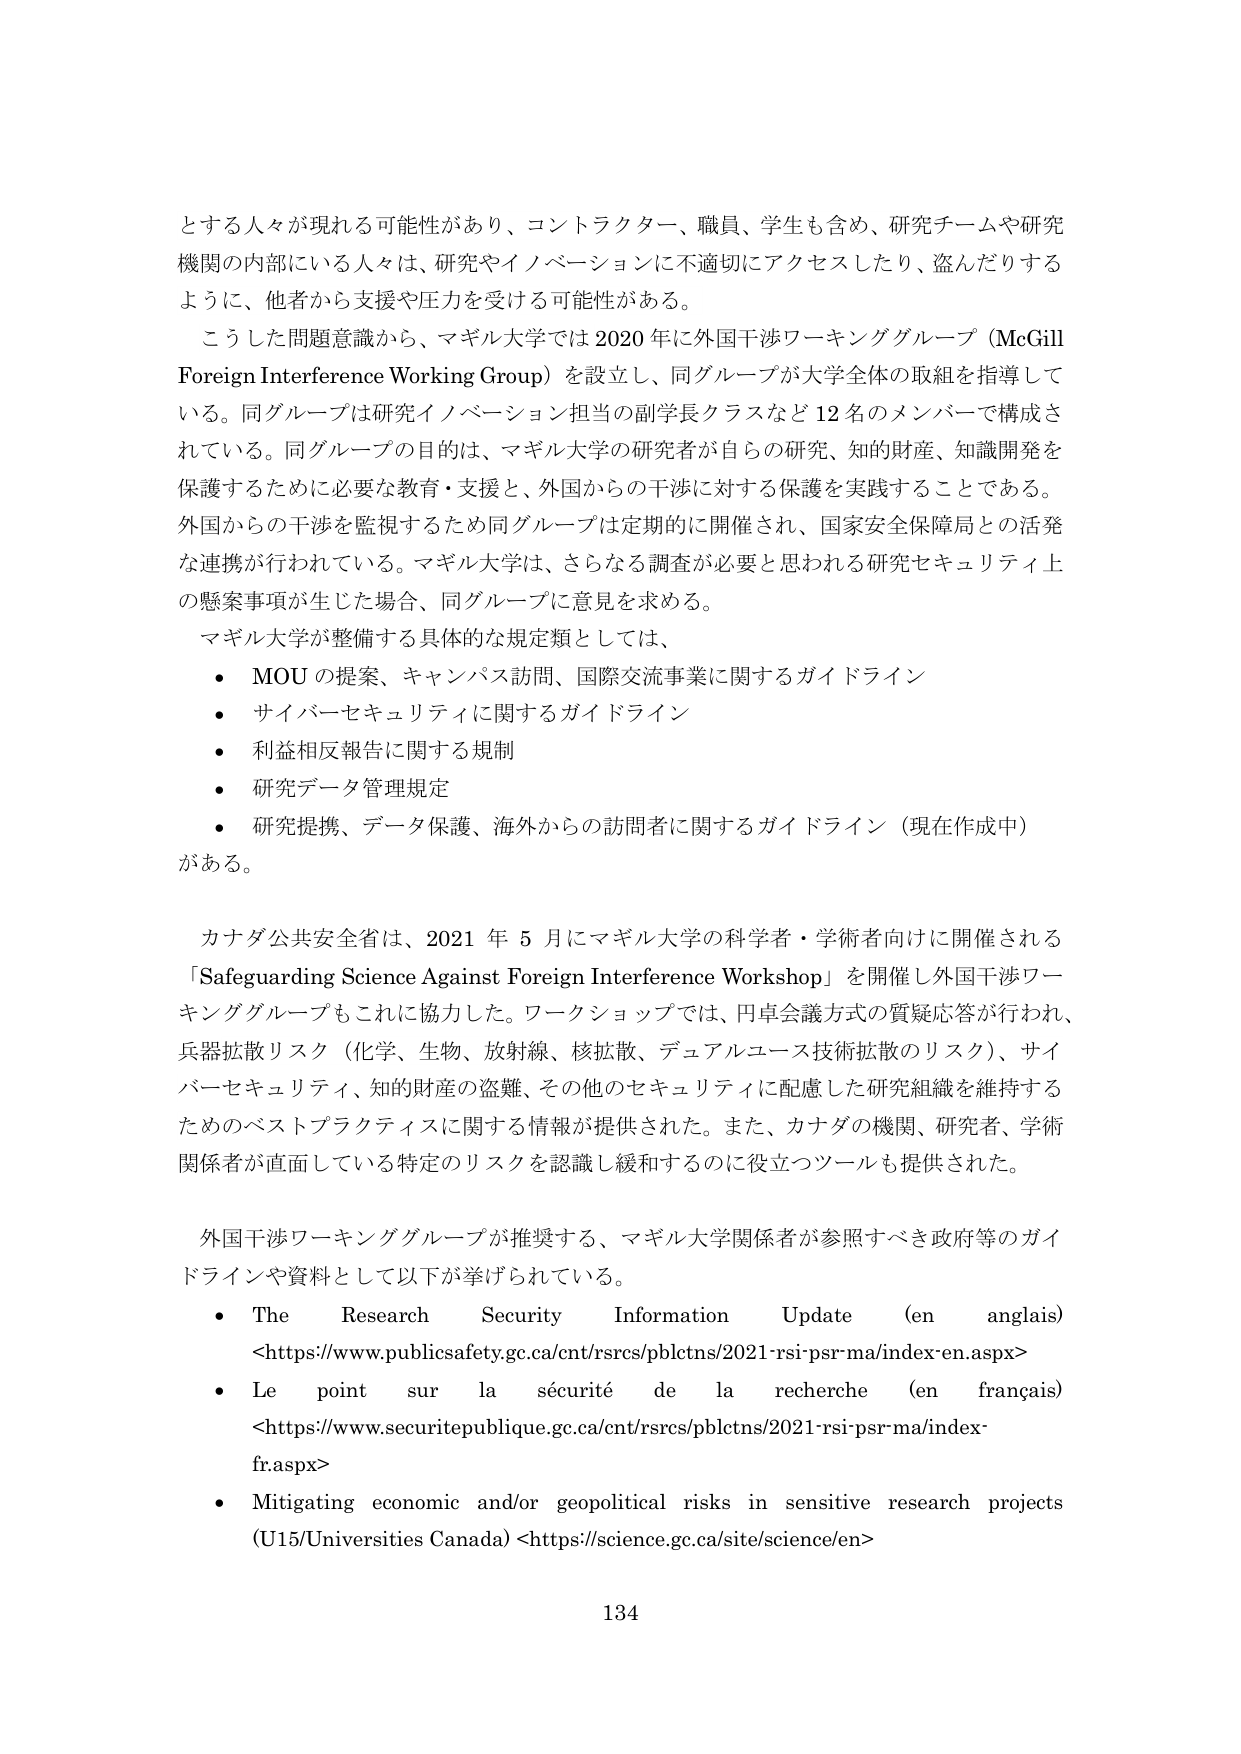
とする人々が現れる可能性があり、コントラクター、職員、学生も含め、研究チームや研究機関の内部にいる人々は、研究やイノベーションに不適切にアクセスしたり、盗んだりするように、他者から支援や圧力を受ける可能性がある。

こうした問題意識から、マギル大学では2020年に外国干渉ワーキンググループ（McGill Foreign Interference Working Group）を設立し、同グループが大学全体の取組を指導している。同グループは研究イノベーション担当の副学長クラスなど12名のメンバーで構成されている。同グループの目的は、マギル大学の研究者が自らの研究、知的財産、知識開発を保護するために必要な教育・支援と、外国からの干渉に対する保護を実践することである。外国からの干渉を監視するため同グループは定期的に開催され、国家安全保障局との活発な連携が行われている。マギル大学は、さらなる調査が必要と思われる研究セキュリティ上の懸案事項が生じた場合、同グループに意見を求める。

マギル大学が整備する具体的な規定類としては、
- MOUの提案、キャンパス訪問、国際交流事業に関するガイドライン
- サイバーセキュリティに関するガイドライン
- 利益相反報告に関する規制
- 研究データ管理規定
- 研究提携、データ保護、海外からの訪問者に関するガイドライン（現在作成中）
がある。

カナダ公共安全省は、2021年5月にマギル大学の科学者・学術者向けに開催される「Safeguarding Science Against Foreign Interference Workshop」を開催し外国干渉ワーキンググループもこれに協力した。ワークショップでは、円卓会議方式の質疑応答が行われ、兵器拡散リスク（化学、生物、放射線、核拡散、デュアルユース技術拡散のリスク）、サイバーセキュリティ、知的財産の盗難、その他のセキュリティに配慮した研究組織を維持するためのベストプラクティスに関する情報が提供された。また、カナダの機関、研究者、学術関係者が直面している特定のリスクを認識し緩和するのに役立つツールも提供された。

外国干渉ワーキンググループが推奨する、マギル大学関係者が参照すべき政府等のガイドラインや資料として以下が挙げられている。
- The Research Security Information Update (en anglais) <https://www.publicsafety.gc.ca/cnt/rsrcs/pblctns/2021-rsi-psr-ma/index-en.aspx>
- Le point sur la sécurité de la recherche (en français) <https://www.securitepublique.gc.ca/cnt/rsrcs/pblctns/2021-rsi-psr-ma/index-fr.aspx>
- Mitigating economic and/or geopolitical risks in sensitive research projects (U15/Universities Canada) <https://science.gc.ca/site/science/en>

134